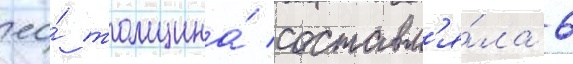
ео́ толщина́ составл'я́ла 6